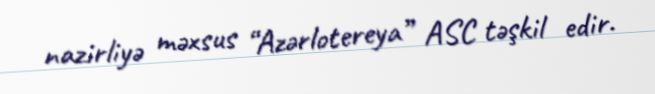
nazirliyə məxsus “Azərlotereya” ASC təşkil edir.